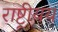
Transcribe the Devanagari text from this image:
राष्ट्रीयय